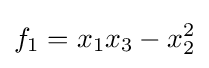
f_{1}=x_{1}x_{3}-x_{2}^{2}